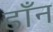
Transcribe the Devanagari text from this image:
डाँन